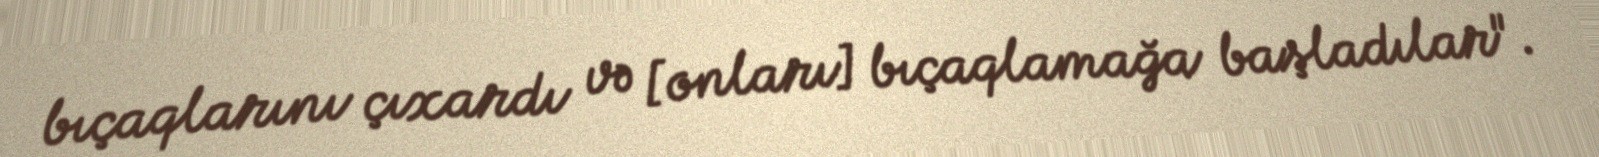
bıçaqlarını çıxardı və [onları] bıçaqlamağa başladılar".